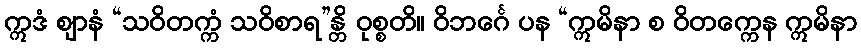
ဣဒံ ဈာနံ “သဝိတက္ကံ သဝိစာရ”န္တိ ဝုစ္စတိ။ ဝိဘင်္ဂေ ပန “ဣမိနာ စ ဝိတက္ကေန ဣမိနာ